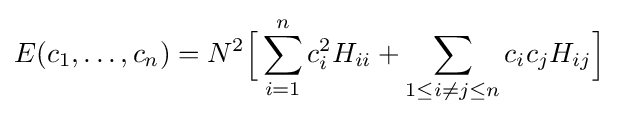
E(c_{1},\ldots ,c_{n})=N^{2}{\Big [}\sum _{i=1}^{n}c_{i}^{2}H_{ii}+\sum _{1\leq i\neq j\leq n}c_{i}c_{j}H_{ij}{\Big ]}